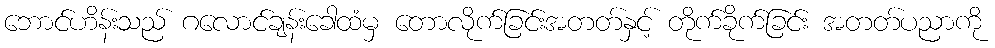
ဘောင်ဟိန်းသည် ဂလောင်ချန်းခေါထံမှ တောလိုက်ခြင်းအတတ်နှင့် တိုက်ခိုက်ခြင်း အတတ်ပညာကို